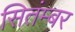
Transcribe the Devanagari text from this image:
सितंम्बर